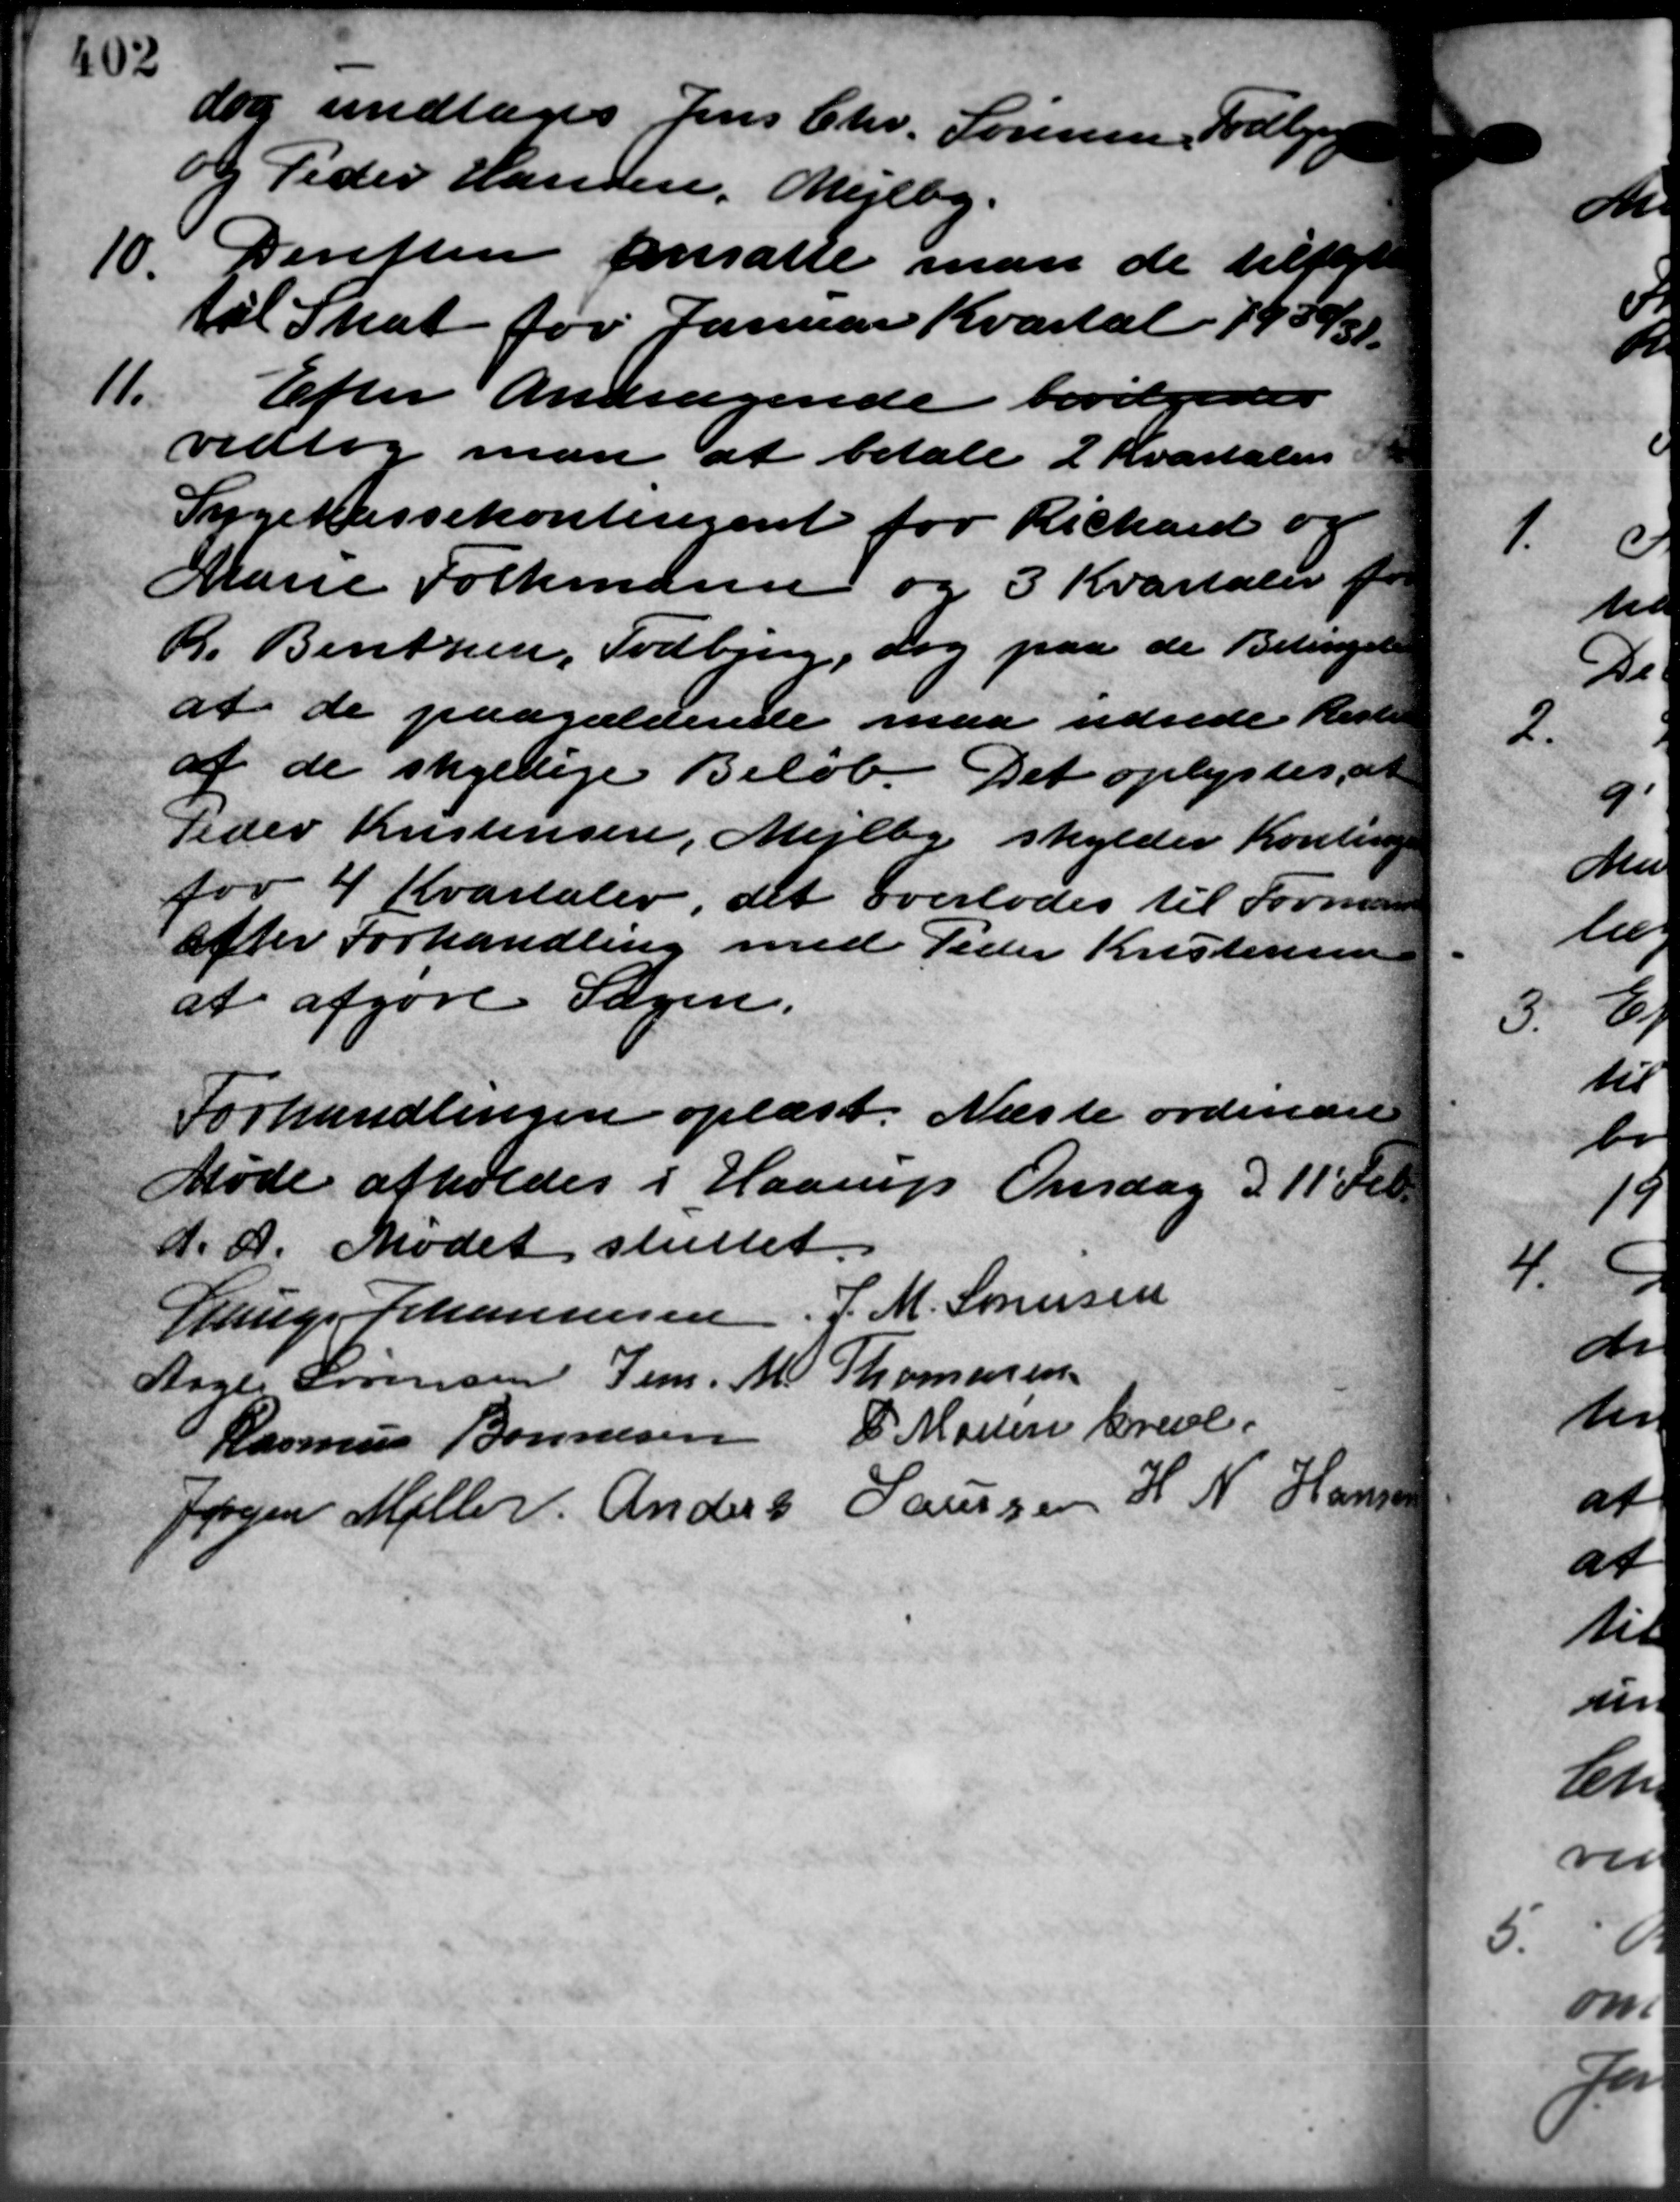
Transskription:
dog undtages Jens Chr. Sørensen, Todbjerg
og Peder Hansen, Mejlby.
10. Derefter ansatte man de tilflyt
10. Derefter ansatte man de tilflyt
til Skat for Januar Kvartal 1930/31.
11.
Efter Andragende bevilgedes
vedtog man at betale 2 Kvartaler
Sygekassekontingent for Richard og
Marie Folkmann og 3 Kvartaler for
R. Bentzen, Todbjerg, dog paa de Betingel
at de paagældende maa udrede Reste
af de skyldige Beløb. Det oplystes, at
Peder Kristensen, Mejlby skylder Konting
for 4 Kvartaler det overlodes til Formand
efter Forhandling med Peder Kristensen
at afgøre Sagen.
Forhandlingen oplæst. Næste ordinære
Møde afholdes i Haarup Onsdag d. 11 Feb.
D. A. Mødet sluttet.
Lauge Johannesen J. M. Sørensen
Thomasen
Aage Sørensen Jens. Al
P Maren Greve.
Rasmus Bonnesen
Jørgen Møller Anders Laursen H. N. Hansen